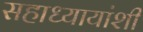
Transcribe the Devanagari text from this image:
सहाध्यायांशी